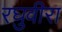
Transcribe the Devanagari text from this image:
रघुवीरा